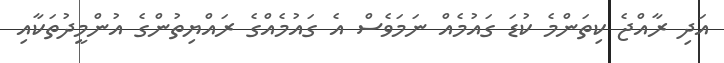
އަދި ރާއްޖެ ކިތަންމެ ކުޑަ ގައުމެއް ނަމަވެސް އެ ގައުމެއްގެ ރައްޔިތުންގެ އުންމީދުތަކާއި